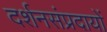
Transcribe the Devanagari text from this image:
दर्शनसंप्रदायों